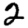
Digit: 2